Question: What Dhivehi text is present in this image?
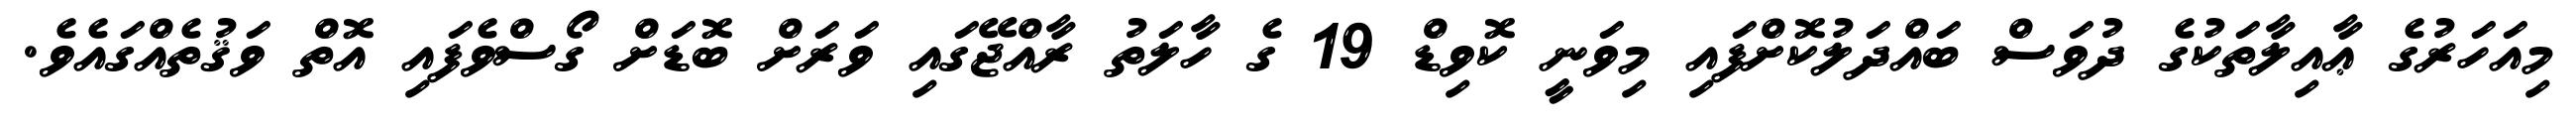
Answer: މިއަހަރުގެ ޢާއިލާތަކުގެ ދުވަސް ބައްދަލުކޮށްފައި މިވަނީ ކޮވިޑް 19 ގެ ހާލަތު ރާއްޖޭގައި ވަރަށް ބޮޑަށް ގޯސްވެފައި އޮތް ވަޤުތެއްގައެވެ.